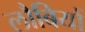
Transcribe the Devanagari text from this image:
लौबियों